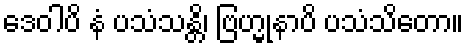
ဒေဝါပိ နံ ပသံသန္တိ၊ ဗြဟ္မုနာပိ ပသံသိတော။